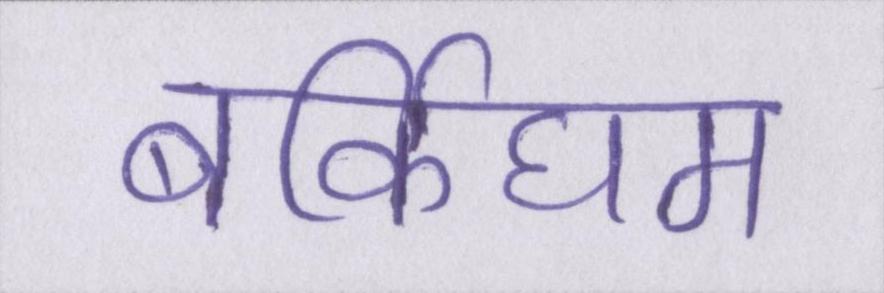
बर्किघम